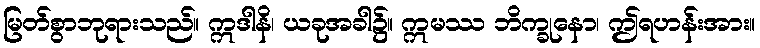
မြတ်စွာဘုရားသည်။ ဣဒါနိ၊ ယခုအခါ၌။ ဣမဿ ဘိက္ခုနော၊ ဤရဟန်းအား။